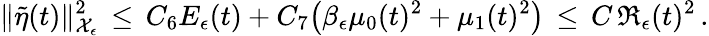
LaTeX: \| \tilde{\eta}(t)\| _{\mathcal{X}_{\epsilon}}^{2}\, \le\, C_{6}E_{\epsilon}(t)+C_{7}\bigl(\beta_{\epsilon}\mu_{0}(t)^{2}+\mu_{1}(t)^{2}\bigr)\, \le\, C\, \mathfrak{R}_{\epsilon}(t)^{2}\, .